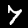
Digit: 7